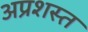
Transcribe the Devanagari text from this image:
अप्रशस्त